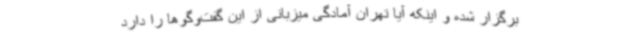
برگزار شده و اینکه آیا تهران آمادگی میزبانی از این گفت‌وگوها را دارد